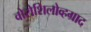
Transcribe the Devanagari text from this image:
वोरोशिलोव्हग्राद